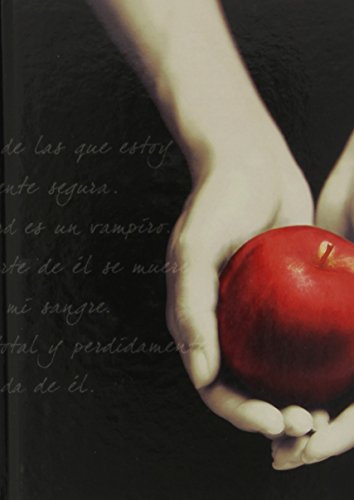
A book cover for Saga CrepÃºsculo: Diarios (La Saga Crepusculo / Twilight Saga) (Spanish Edition); Stephenie Meyer; Teen & Young Adult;